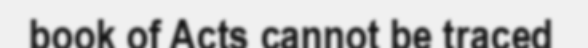
book of Acts cannot be traced